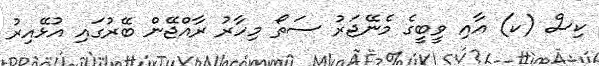
ކިސް (ކ) އާއި ވީބީގެ މެނޭޖަރު ސަތޯ މިހާރު ރާއްޖޭން ބޭރުގައި އުޅޭއިރު